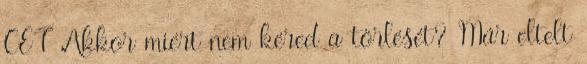
CET Akkor miért nem kéred a törlését? Már eltelt